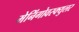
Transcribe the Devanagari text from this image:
मेनिंगोवस्क्युलर